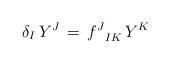
LaTeX: \begin{align*}\delta_I \, Y^J \, = \, f^J_{\phantom{Y}IK} \, Y^K\end{align*}